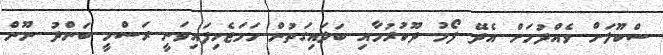
ސްކޫލަށް ވެއްދުމަށް އެދޭ ފޯމު ދޫކުރުމާއި ބަލައިގަތުން ހަމަޖެހިފައިވަނީ ރަސްމީ ބަންދު ނޫން